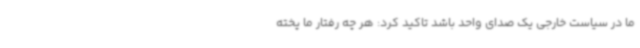
ما در سیاست خارجی یک صدای واحد باشد تاکید کرد: هر چه رفتار ما پخته